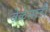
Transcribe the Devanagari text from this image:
वेळेसाठी